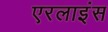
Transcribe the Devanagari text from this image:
एरलाइंस